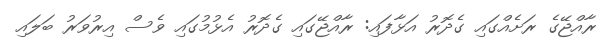
ރާއްޖޭގެ ރަށެއްގައި ގެދޮރު އަޅާފައި: ރާއްޖޭގައި ގެދޮރު އެޅުމުގައި ވެސް އިރުވަރު ބަލައި